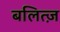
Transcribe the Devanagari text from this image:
बलित्ज़